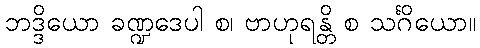
ဘဒ္ဒိယော ခဏ္ဍဒေပါ စ၊ ဗာဟုရန္တိ စ သင်္ဂိယော။